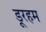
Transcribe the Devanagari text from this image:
डूरहम